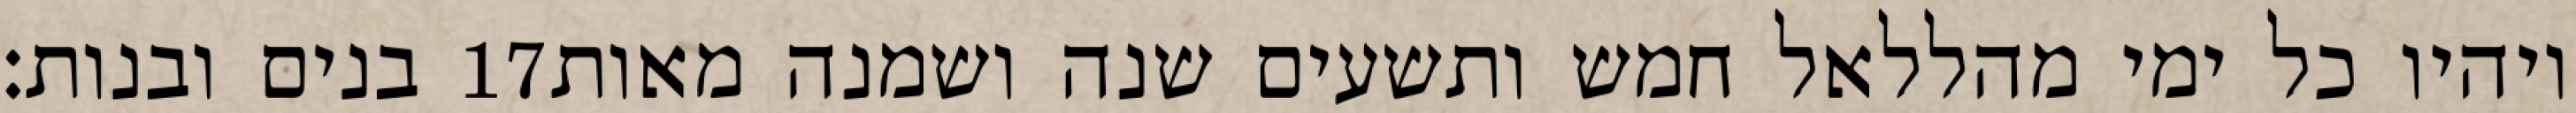
בנים ובנות׃ ‎17‏ ויהיו כל ימי מהללאל חמש ותשעים שנה ושמנה מאות